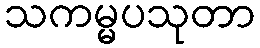
သကမ္မပသုတာ